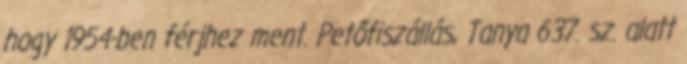
hogy 1954-ben férjhez ment. Petőfiszállás, Tanya 637. sz. alatt